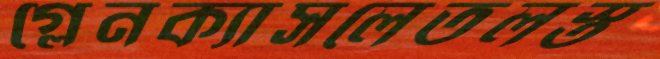
গ্লেনক্যাসলেতলস্ত